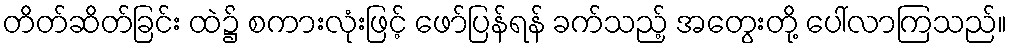
တိတ်ဆိတ်ခြင်း ထဲ၌ စကားလုံးဖြင့် ဖော်ပြန်ရန် ခက်သည့် အတွေးတို့ ပေါ်လာကြသည်။